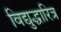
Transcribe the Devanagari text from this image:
विद्युद्धारित्र